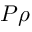
P \rho